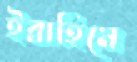
ইব্রাহিমে